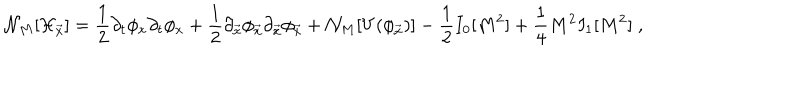
{ \cal N } _ { M } [ { \cal H } _ { \vec { x } } ] = { \frac { 1 } { 2 } } \partial _ { t } \phi _ { x } \partial _ { t } \phi _ { x } + { \frac { 1 } { 2 } } \partial _ { \vec { x } } \phi _ { \vec { x } } \partial _ { \vec { x } } \phi _ { \vec { x } } + { \cal N } _ { M } [ V ( \phi _ { \vec { x } } ) ] - { \frac { 1 } { 2 } } I _ { 0 } [ M ^ { 2 } ] + { \frac { 1 } { 4 } } M ^ { 2 } I _ { 1 } [ M ^ { 2 } ] \; ,